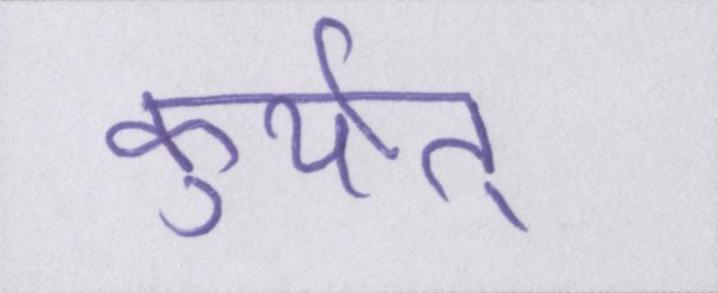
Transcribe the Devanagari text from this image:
कुर्यात्